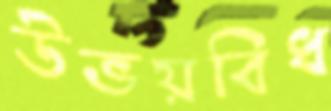
উভয়বিধ